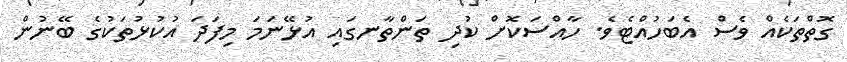
ގޮތްތަކެއް ވެސް އެބަހުއްޓެވެ. ހާއްސަކޮށް ކުދި ތަންތާނގައި އުޅޭނަމަ މިފަދަ އުކުޅުތަކުގެ ބޭނުން